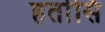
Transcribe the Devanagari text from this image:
हर्तासि